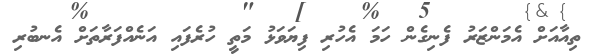
ތިއާއަށް އެމަންޒަރު ފެނިގެން ހަމަ އެހުރި ފިޔަވަޅު މަތީ ހުރެފައި އަނެއްފަރާތަށް އެނބުރި